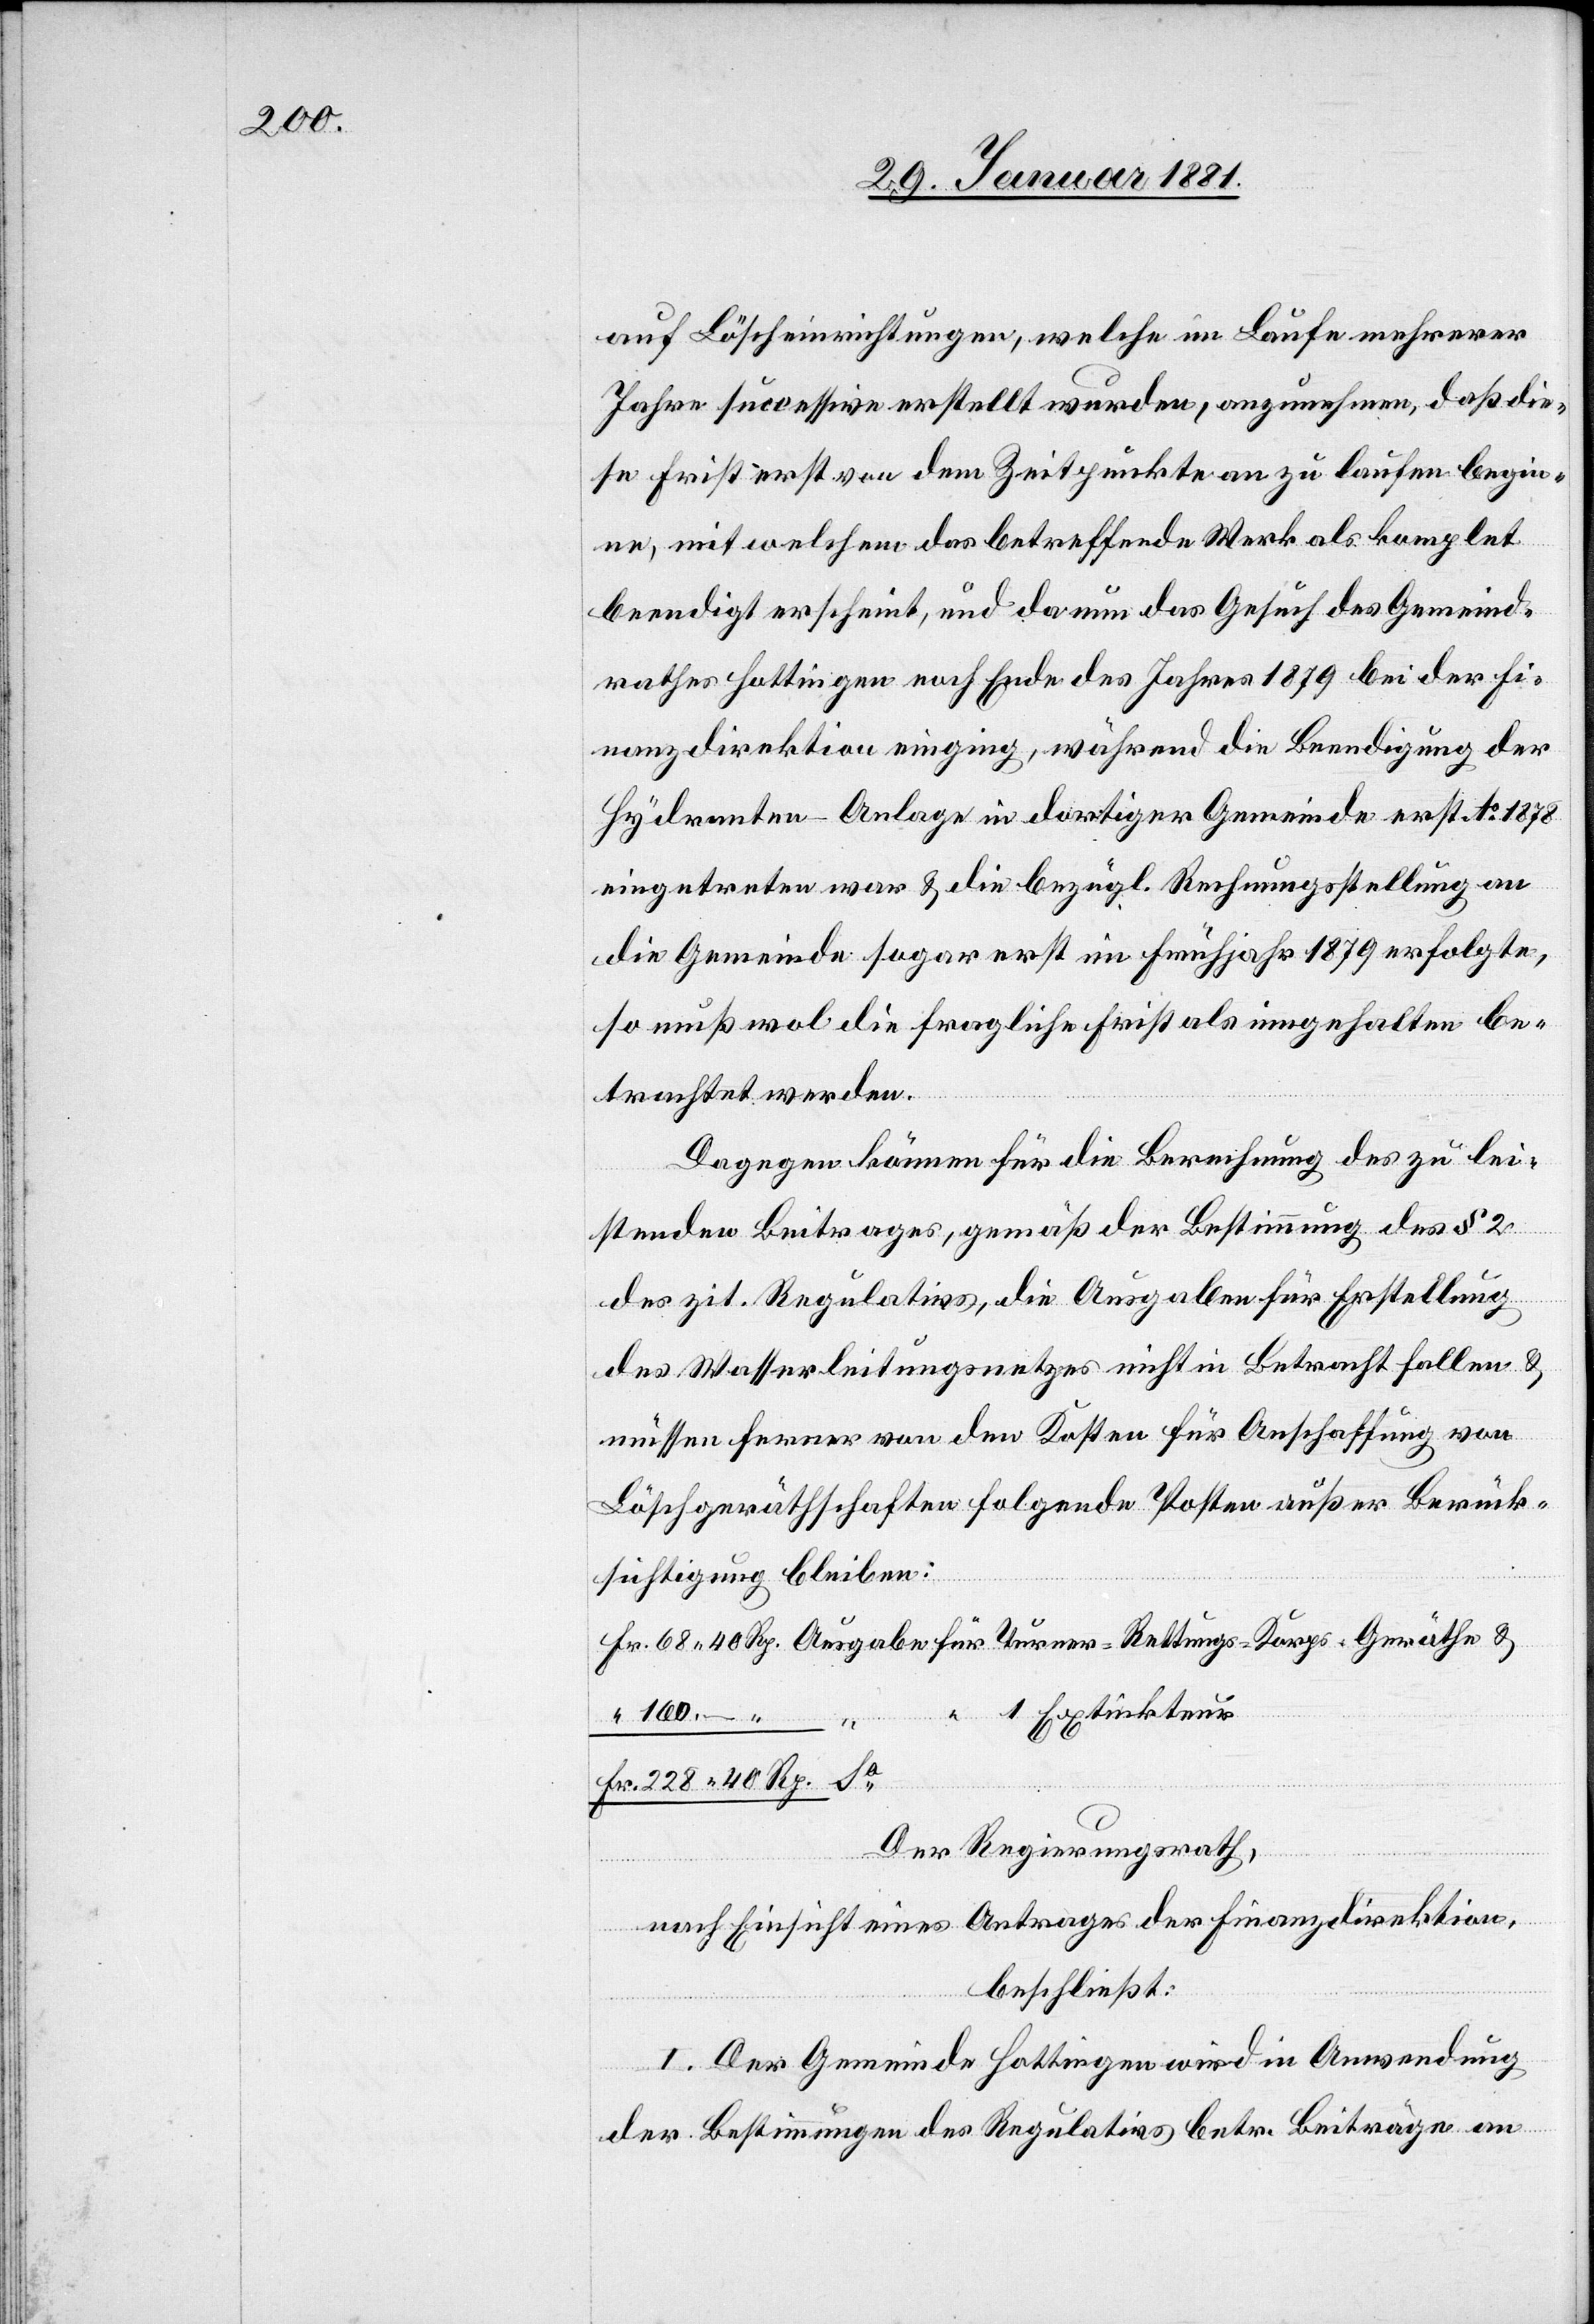
auf Löscheinrichtungen, welche im Laufe mehrerer
Jahre successive erstellt wurden, anzunehmen, daß die¬
se Frist erst von dem Zeitpunkte an zu laufen begin¬
ne, mit welchem das betreffende Werk als komplet
beendigt erscheint, und da nun das Gesuch des Gemeind¬
rathes Hottingen noch Ende des Jahres 1879 bei der Fi¬
nanzdirektion einging, während die Beendigung der
Hydranten-Anlage in dortiger Gemeinde erst Ao 1878
so muß wol die fragliche Frist als eingehalten be¬
trachtet werden.
Dagegen können für die Berechnung des zu lei¬
stenden Beitrages, gemäß der Bestimmung des § 2
des zit. Regulativs, die Ausgaben für Erstellung
des Wasserleitungsnetzes nicht in Betracht fallen &
müssen ferner von den Kosten für Anschaffung von
Löschgeräthschaften folgende Posten außer Berück¬
sichtigung bleiben:
Der Regierungsrath,
nach Einsicht eines Antrages der Finanzdirektion,
beschließt:
I. Der Gemeinde Hottingen wird in Anwendung
der Bestimmungen des Regulativs betr. Beiträge an